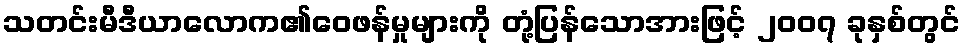
သတင်းမီဒီယာလောက၏ဝေဖန်မှုများကို တုံ့ပြန်သောအားဖြင့် ၂၀၀၇ ခုနှစ်တွင်